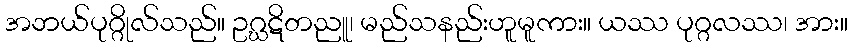
အဘယ်ပုဂ္ဂိုလ်သည်။ ဥဂ္ဃဋိတညူ၊ မည်သနည်းဟူမူကား။ ယဿ ပုဂ္ဂလဿ၊ အား။